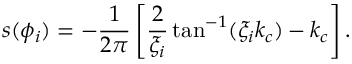
s ( \phi _ { i } ) = - \frac { 1 } { 2 \pi } \left[ \frac { 2 } { \xi _ { i } } \tan ^ { - 1 } ( \xi _ { i } k _ { c } ) - k _ { c } \right] .